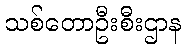
သစ်တောဦးစီးဌာန